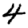
Digit: 4